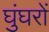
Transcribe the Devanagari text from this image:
घुंघरों